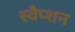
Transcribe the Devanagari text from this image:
स्वैप्शन